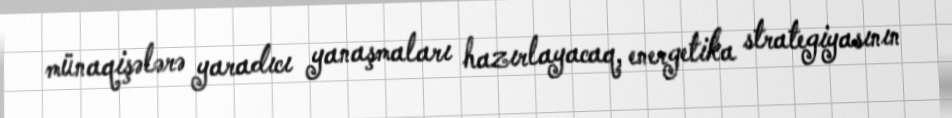
münaqişələrə yaradıcı yanaşmaları hazırlayacaq, energetika strategiyasının